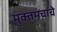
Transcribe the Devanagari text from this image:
मुक्तमंचाचे